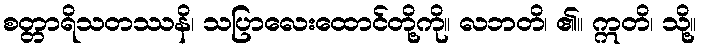
စတ္တာရိသတဿနိ၊ သပြာလေးထောင်တို့ကို။ လဘတိ၊ ၏။ ဣတိ၊ သို့။